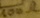
Text: 100Ω